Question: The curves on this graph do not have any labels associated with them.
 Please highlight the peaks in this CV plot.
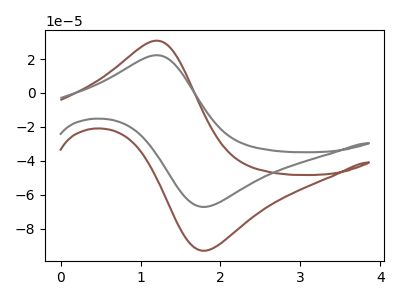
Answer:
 <answer>The brown curve "brown" has an anodic peak at (1.20V, 30.80uA) and a cathodic peak at (1.80V, -92.85uA). The gray curve "gray" has an anodic peak at (1.20V, 22.25uA) and a cathodic peak at (1.80V, -67.05uA).</answer>
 <eval></eval>